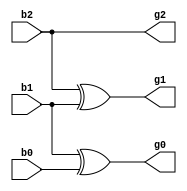
`timescale 1ns / 1ps
//////////////////////////////////////////////////////////////////////////////////
// Company: 
// Engineer: 
// 
// Design Name: 
// Module Name:    binary_gray 
// Project Name: 
// Target Devices: 
// Tool versions: 
// Description: 
//
// Dependencies: 
//
// Revision: 
// Revision 0.01 - File Created
// Additional Comments: 
//
//////////////////////////////////////////////////////////////////////////////////

module binary_gray(b0,b1,b2,g0,g1,g2);
    input b0,b1,b2;
    output g0,g1,g2;
	 assign g2=b2;
	 assign g1=b2^b1;
	 assign g0=b1^b0;
endmodule